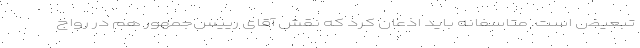
تبعیض است. متاسفانه باید اذعان کرد که نقش آقای رییس‌جمهور هم در رواج